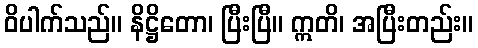
ဝိပါက်သည်။ နိဋ္ဌိတော၊ ပြီးပြီ။ ဣတိ၊ အပြီးတည်း။